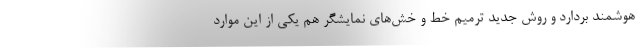
هوشمند بردارد و روش جدید ترمیم خط و خش‌های نمایشگر هم یکی از این موارد